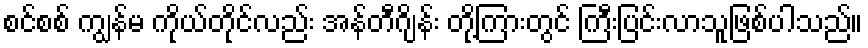
စင်စစ် ကျွန်မ ကိုယ်တိုင်လည်း အန်တီဂျိန်း တို့ကြားတွင် ကြီးပြင်းလာသူဖြစ်ပါသည်။